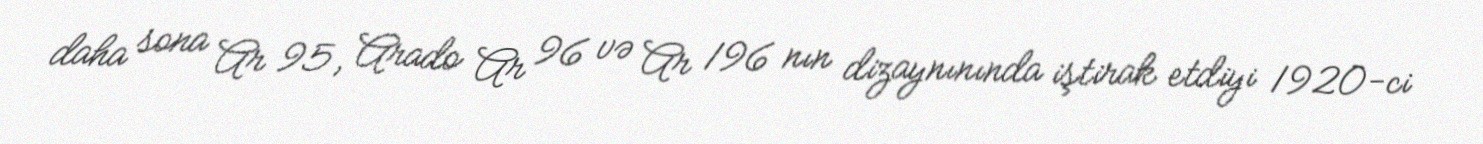
daha sona Ar 95, Arado Ar 96 və Ar 196 nın dizaynınında iştirak etdiyi 1920-ci